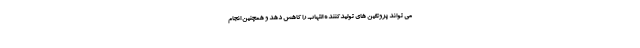
می تواند پروتئین های تولیدکننده التهاب را کاهش دهد و همچنین انجام